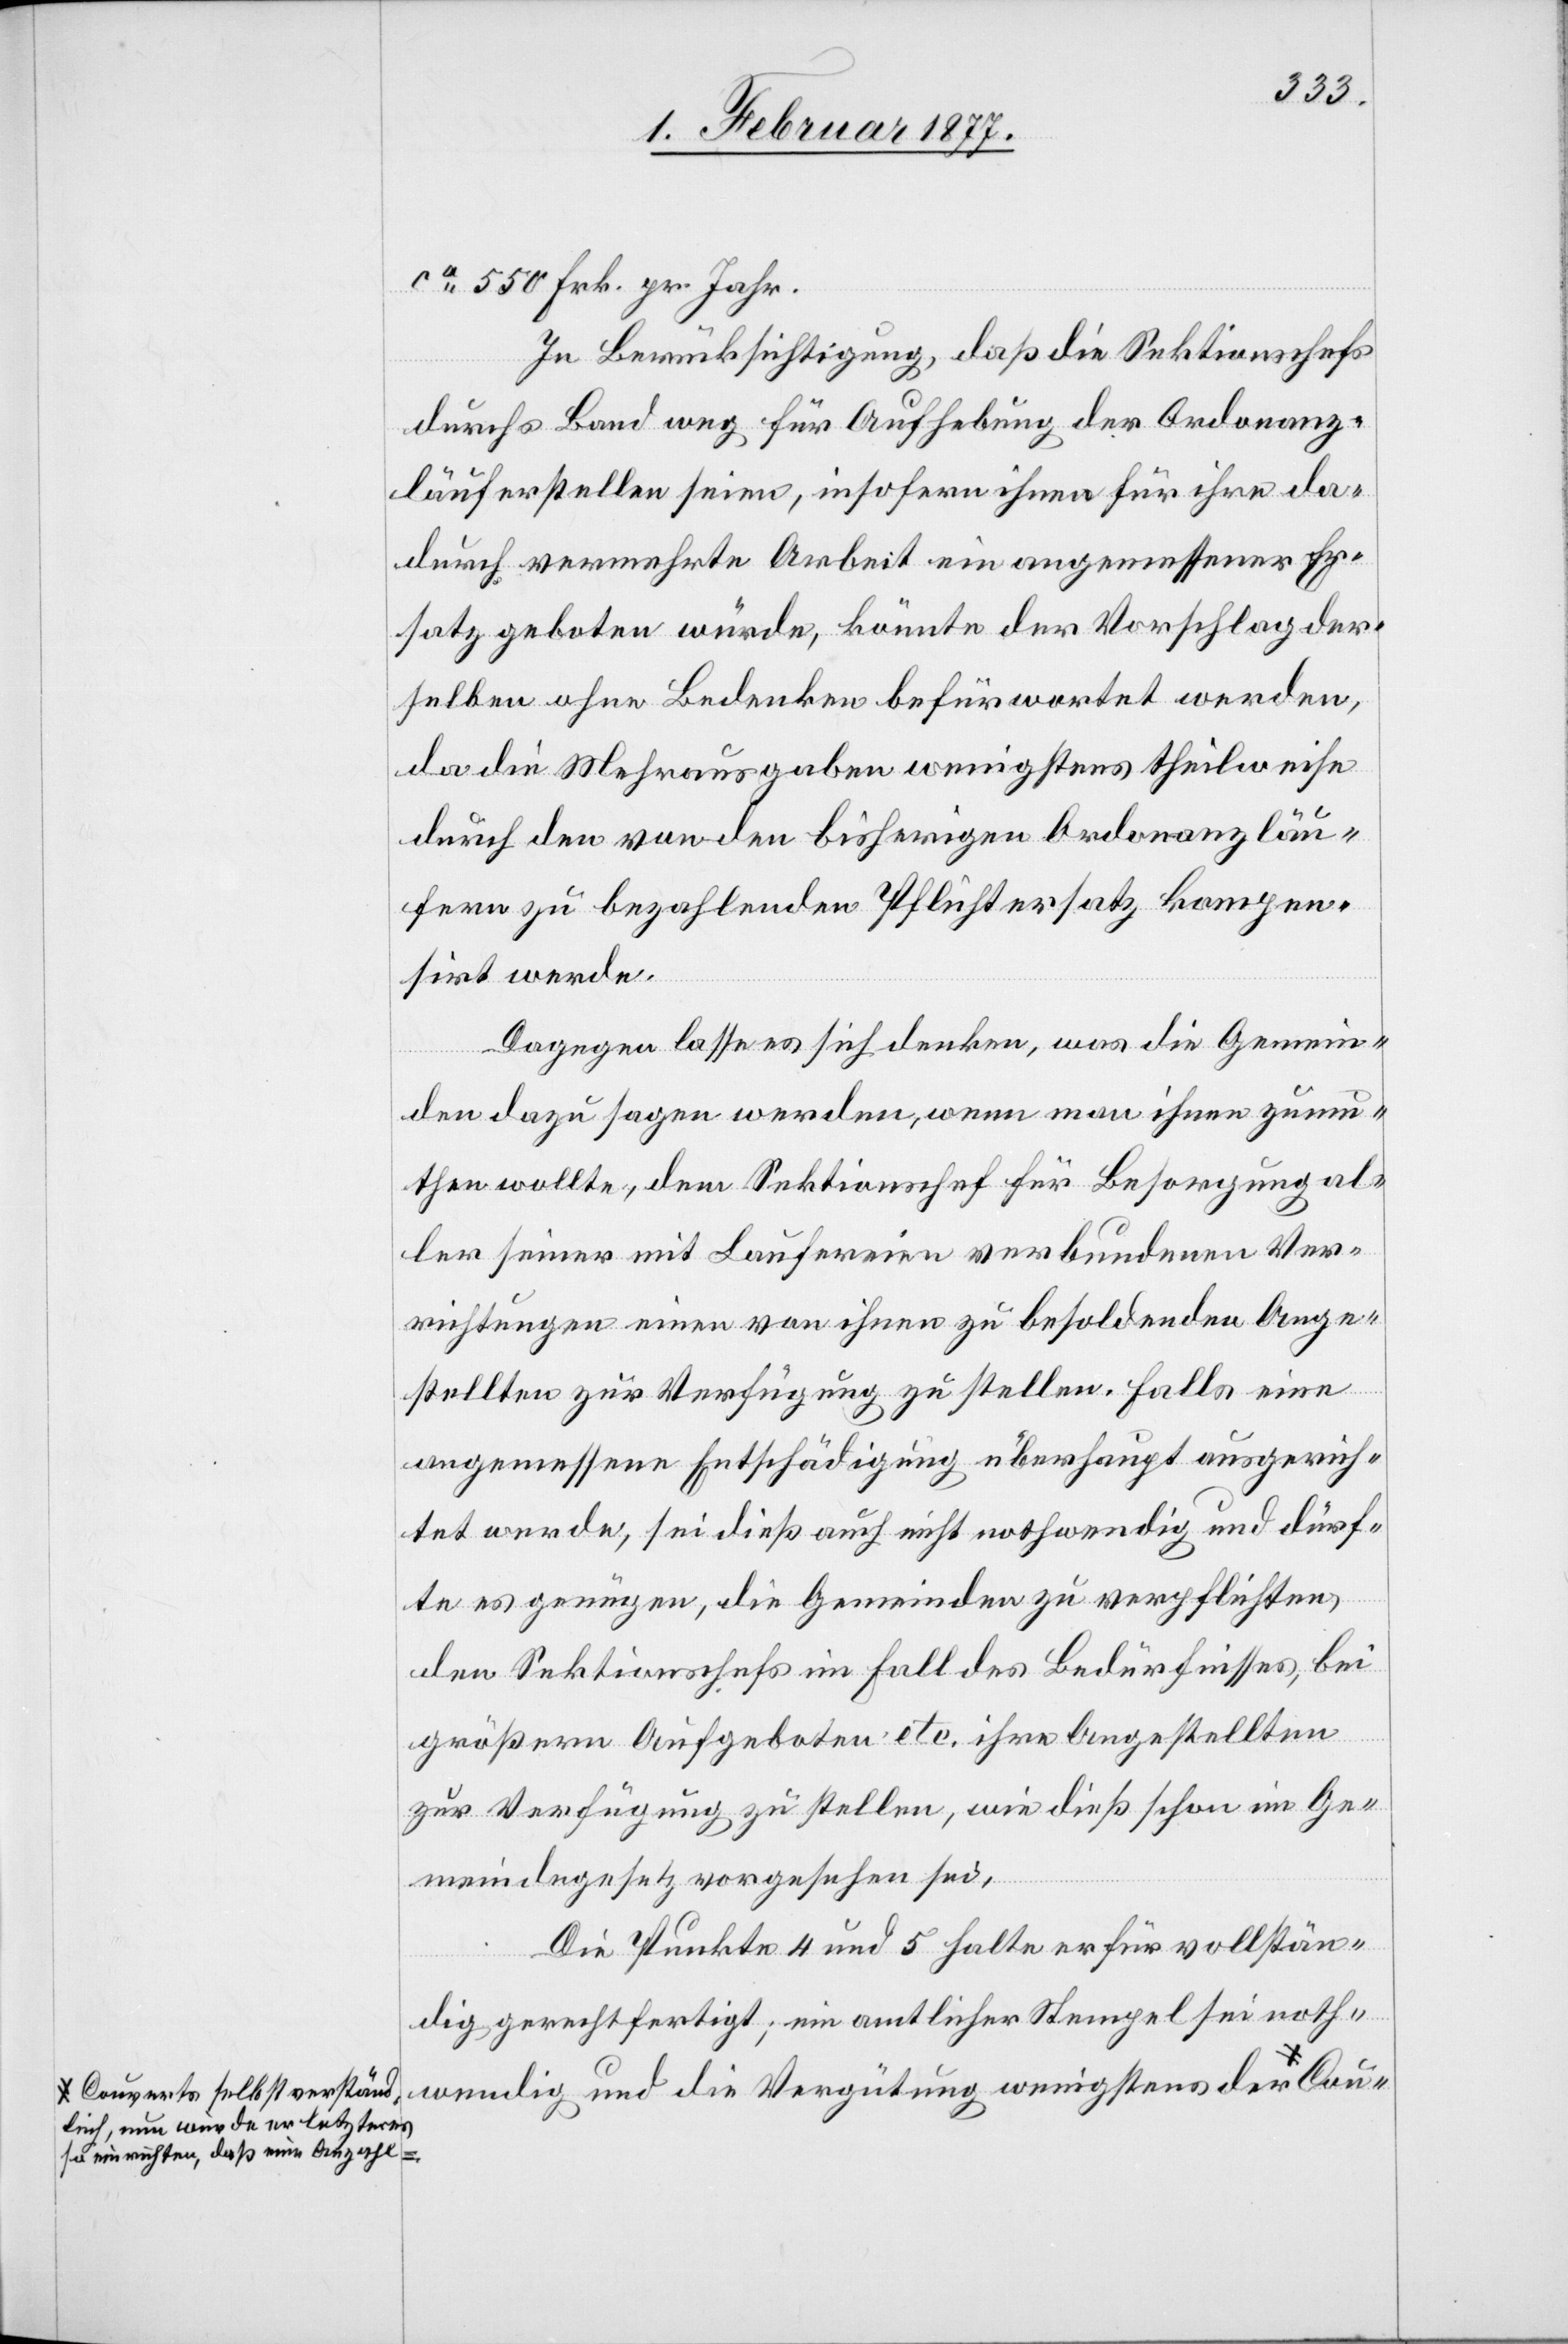
ca 550 Frk. pr. Jahr.
In Berücksichtigung, daß die Sektionschefs
durchs Band weg für Aufhebung der Ordonanz¬
läuferstellen seien, insofern ihnen für ihre da¬
durch vermehrte Arbeit ein angemessener Er¬
satz geboten würde, könnte der Vorschlag der¬
selben ohne Bedenken befürwortet werden,
da die Mehrausgaben wenigstens theilweise
durch den von den bisherigen Ordonanzläu¬
fern zu bezahlenden Pflichtersatz kompen¬
sirt werde.
Dagegen lasse es sich denken, was die Gemein¬
den dazu sagen werden, wenn man ihnen zumu¬
then wollte, dem Sektionschef für Besorgung al¬
ler seiner mit Laufereien verbundenen Ver¬
richtungen einen von ihnen zu besoldenden Ange¬
stellten zur Verfügung zu stellen. Falls eine
angemessene Entschädigung überhaupt ausgerich¬
tet werde, sei dieß auch nicht nothwendig und dürf¬
te es genügen, die Gemeinde zu verpflichten,
den Sektionschefs im Fall des Bedürfnisses, bei
größern Aufgeboten etc. ihre Angestellten
zur Verfügung zu stellen, wie dieß schon im Ge¬
meindegesetz vorgesehen sei.
Die Punkte 4 und 5 halte er für vollstän¬
dig gerechtfertigt; ein amtlicher Stempel sei noth¬
wendig und die Vergütung wenigstens der
a-Couverts selbstverständ¬
lich, nun würde er letzteres
einrichten, daß eine Anzahl-a